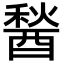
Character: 醔